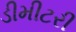
ડીમીટરી